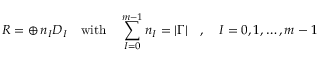
{ \cal R } = \oplus \, n _ { I } { \cal D } _ { I } \quad \mathrm { w i t h } \quad \sum _ { I = 0 } ^ { m - 1 } n _ { I } = | \Gamma | \quad , \quad I = 0 , 1 , \ldots , m - 1